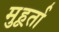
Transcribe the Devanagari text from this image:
मुहूर्ता